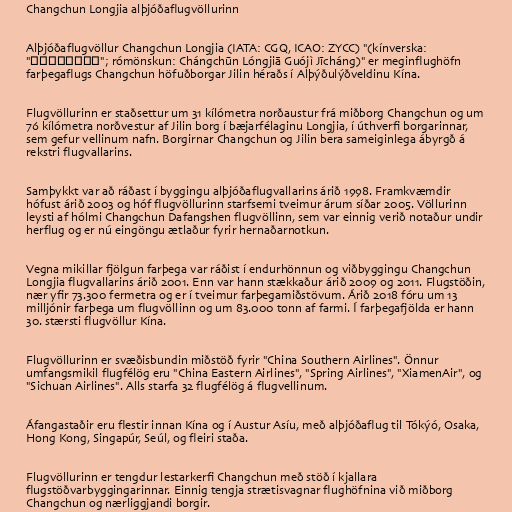
Changchun Longjia alþjóðaflugvöllurinn

Alþjóðaflugvöllur Changchun Longjia (IATA: CGQ, ICAO: ZYCC) "(kínverska:
"长春龙嘉国际机场"; rómönskun: Chángchūn Lóngjiā Guójì Jīcháng)" er meginflughöfn
farþegaflugs Changchun höfuðborgar Jilin héraðs í Alþýðulýðveldinu Kína.

Flugvöllurinn er staðsettur um 31 kílómetra norðaustur frá miðborg Changchun og um
76 kílómetra norðvestur af Jilin borg í bæjarfélaginu Longjia, í úthverfi borgarinnar,
sem gefur vellinum nafn. Borgirnar Changchun og Jilin bera sameiginlega ábyrgð á
rekstri flugvallarins.

Samþykkt var að ráðast í byggingu alþjóðaflugvallarins árið 1998. Framkvæmdir
hófust árið 2003 og hóf flugvöllurinn starfsemi tveimur árum síðar 2005. Völlurinn
leysti af hólmi Changchun Dafangshen flugvöllinn, sem var einnig verið notaður undir
herflug og er nú eingöngu ætlaður fyrir hernaðarnotkun.

Vegna mikillar fjölgun farþega var ráðist í endurhönnun og viðbyggingu Changchun
Longjia flugvallarins árið 2001. Enn var hann stækkaður árið 2009 og 2011. Flugstöðin,
nær yfir 73.300 fermetra og er í tveimur farþegamiðstövum. Árið 2018 fóru um 13
milljónir farþega um flugvöllinn og um 83.000 tonn af farmi. Í farþegafjölda er hann
30. stærsti flugvöllur Kína.

Flugvöllurinn er svæðisbundin miðstöð fyrir "China Southern Airlines". Önnur
umfangsmikil flugfélög eru "China Eastern Airlines", "Spring Airlines", "XiamenAir", og
"Sichuan Airlines". Alls starfa 32 flugfélög á flugvellinum.

Áfangastaðir eru flestir innan Kína og í Austur Asíu, með alþjóðaflug til Tókýó, Osaka,
Hong Kong, Singapúr, Seúl, og fleiri staða.

Flugvöllurinn er tengdur lestarkerfi Changchun með stöð í kjallara
flugstöðvarbyggingarinnar. Einnig tengja strætisvagnar flughöfnina við miðborg
Changchun og nærliggjandi borgir.